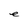
Character: e